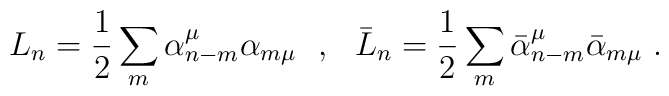
L_n=\frac{1}{2}\sum_m\alpha^\mu_{n-m}\alpha_{m\mu}\ \ ,\ \ \bar{L}_n=\frac{1}{2}\sum_m\bar{\alpha}^\mu_{n-m}\bar{\alpha}_{m\mu}\ .